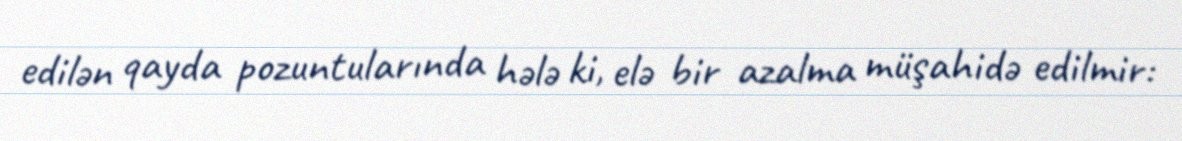
edilən qayda pozuntularında hələ ki, elə bir azalma müşahidə edilmir: